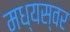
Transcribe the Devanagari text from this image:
मध्यस्वर